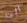
الى